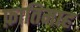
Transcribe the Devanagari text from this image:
फ़ातिमाह